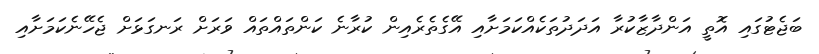
ބަޖެޓުގައި އޮތީ އަންދާޒާކުރާ އަދަދުތަކެއްކަމަށާއި އޭގެތެރެއިން ކުރާނެ ކަންތައްތައް ވަރަށް ރަނގަޅަށް ޖެހޭނެކަމަށާއި